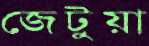
জেটুয়া